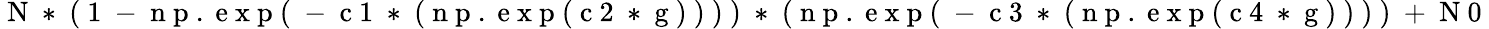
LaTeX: \mathrm{~N~*~(~1~-~n~p~.~e~x~p~(~-~c~1~*~(~n~p~.~e~x~p~(~c~2~*~g~)~)~)~)~*~(~n~p~.~e~x~p~(~-~c~3~*~(~n~p~.~e~x~p~(~c~4~*~g~)~)~)~)~+~N~0~}